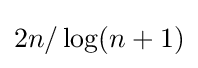
2n/\log(n+1)